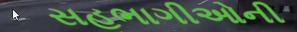
સહભાગીઓની